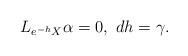
LaTeX: \begin{align*} L_{e^{-h}X}\alpha = 0,\ dh = \gamma.\end{align*}